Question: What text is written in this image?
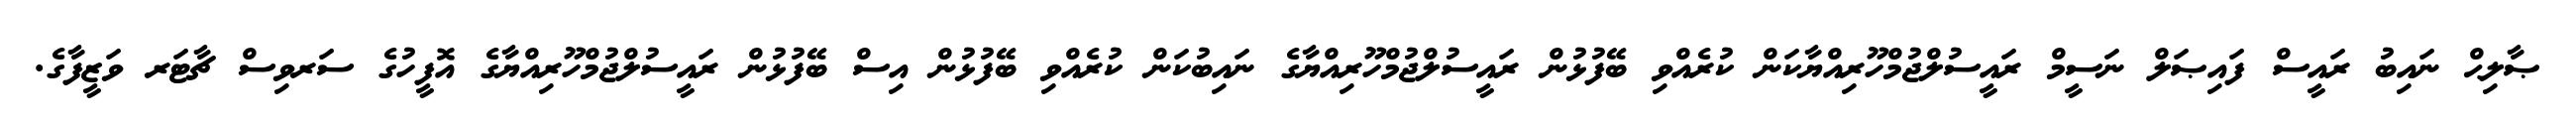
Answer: ޞާލިޙް ނައިބު ރައީސް ފައިޞަލް ނަސީމް ރައީސުލްޖުމްހޫރިއްޔާކަން ކުރެއްވި ބޭފުޅުން ރައީސުލްޖުމްހޫރިއްޔާގެ ނައިބުކަން ކުރެއްވި ބޭފުޅުން އިސް ބޭފުޅުން ރައީސުލްޖުމްހޫރިއްޔާގެ އޮފީހުގެ ސަރވިސް ޗާޓަރ ވަޒީފާގެ.